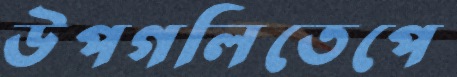
উপগলিতেপে